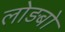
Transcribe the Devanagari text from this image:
लोड़बो